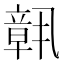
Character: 𬔧